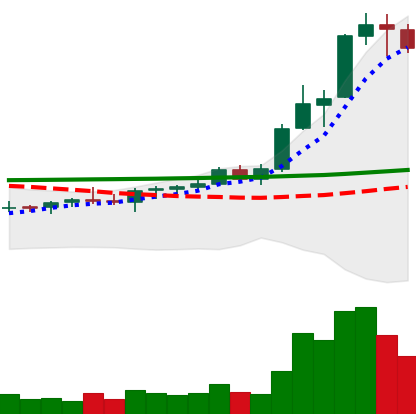
Ticker: ADA-USD
Chart end date: 2021-08-16
Forward return: 17.121%
Label: up_7plus